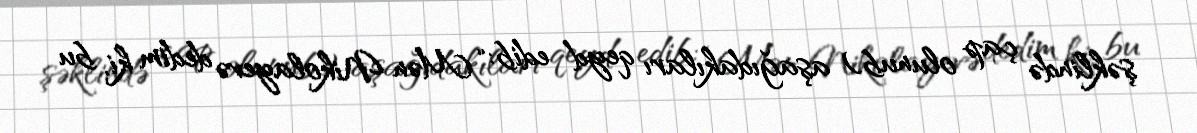
şəklində çap olunub) aşağıdakıları qeyd edib: “Mən Nikolayevə dedim ki, bu